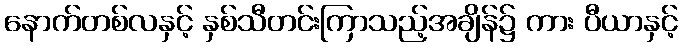
နောက်တစ်လနှင့် နှစ်သီတင်းကြာသည့်အချိန်၌ ကား ပီယာနှင့်